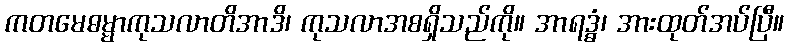
ကတမေဓမ္မာကုသလာတိအာဒိ၊ ကုသလာအစရှိသည်ကို။ အာရဒ္ဓံ၊ အားထုတ်အပ်ပြီ။